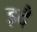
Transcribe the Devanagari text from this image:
इदै